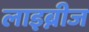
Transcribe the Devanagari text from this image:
लाइब्नीज